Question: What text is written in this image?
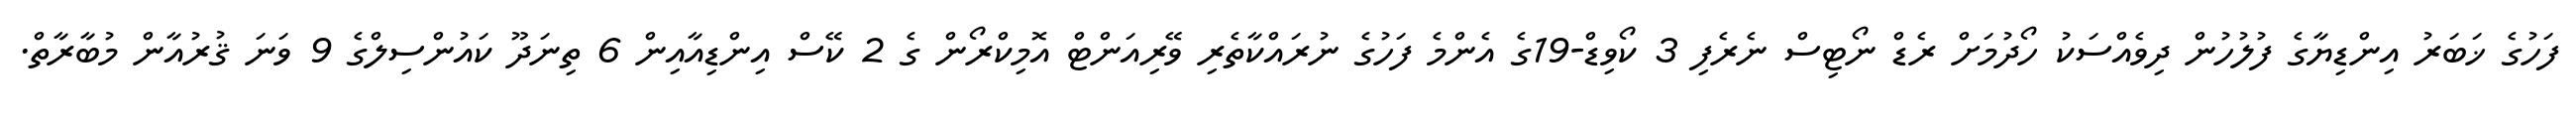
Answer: ފަހުގެ ޚަބަރު އިންޑިޔާގެ ފުލުހުން ދިވެއްސަކު ހޯދުމަށް ރެޑް ނޯޓިސް ނެރެފި 3 ކޯވިޑް-19ގެ އެންމެ ފަހުގެ ނުރައްކާތެރި ވޭރިއަންޓް އޮމިކްރޯން ގެ 2 ކޭސް އިންޑިއާއިން 6 ތިނަދޫ ކައުންސިލްގެ 9 ވަނަ ޤުރުއާން މުބާރާތް.